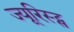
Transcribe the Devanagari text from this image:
ज्यूरिस्ट्स